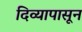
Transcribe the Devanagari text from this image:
दिव्यापासून